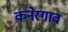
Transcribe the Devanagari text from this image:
कनेरगाव